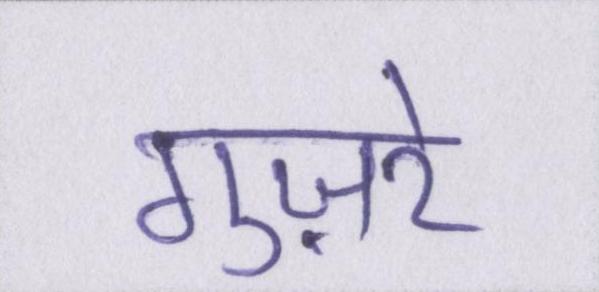
गुज़रे